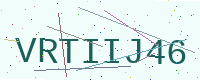
Text: VRTIIJ46